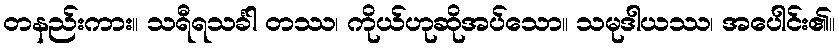
တနည်းကား။ သရီရသင်္ခါ တဿ၊ ကိုယ်ဟုဆိုအပ်သော။ သမုဒါယဿ၊ အပေါင်း၏။